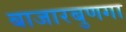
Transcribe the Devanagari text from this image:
बाजारबुणगा